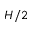
H / 2